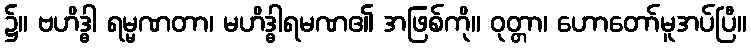
၌။ ဗဟိဒ္ဓါ ရမ္မဏတာ၊ မဟိဒ္ဓါရမဏ၏ အဖြစ်ကို။ ဝုတ္တာ၊ ဟောတော်မူအပ်ပြီ။